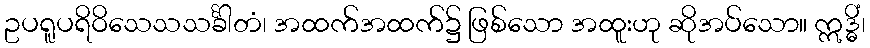
ဥပရူပရိဝိသေသသင်္ခါတံ၊ အထက်အထက်၌ ဖြစ်သော အထူးဟု ဆိုအပ်သော။ ဣဒ္ဓိံ၊